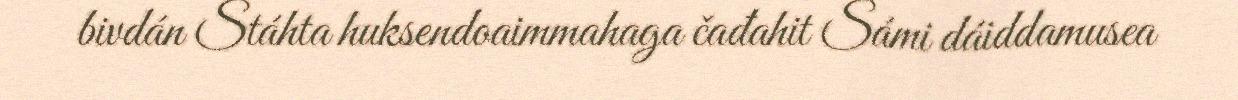
bivdán Stáhta huksendoaimmahaga čađahit Sámi dáiddamusea